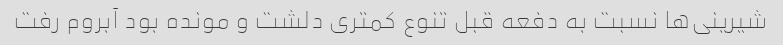
شیرینی‌ها نسبت به دفعه قبل تنوع کمتری دلشت و مونده بود آبروم رفت